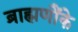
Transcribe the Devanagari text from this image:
ब्राह्मणौंके